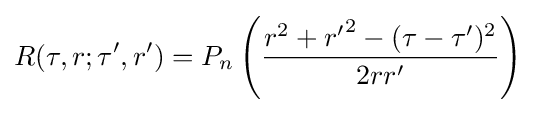
R(\tau ,r;\tau ',r')={P_{n}}\left({\frac {r^{2}+{r'}^{2}-(\tau -\tau ')^{2}}{2rr'}}\right)